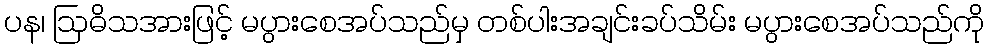
ပန၊ ဩဓိသအားဖြင့် မပွားစေအပ်သည်မှ တစ်ပါးအချင်းခပ်သိမ်း မပွားစေအပ်သည်ကို